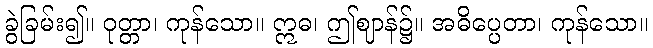
ခွဲခြမ်း၍။ ဝုတ္တာ၊ ကုန်သော။ ဣဓ၊ ဤဈာန်၌။ အဓိပ္ပေတာ၊ ကုန်သော။